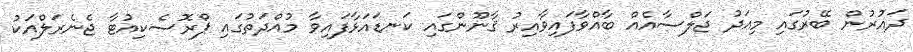
ދައުރުން ބޭރުގައި މިއަދު ޖަލްސާއެއް ބާއްވާފައިވާއިރު ޤާނޫންގައި ކަނޑައަޅާފައިވާ މުއްދަތުގައި ޕްރޮސެކިއުޓާ ޖެނެރަލްއަކު